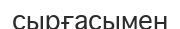
сырғасымен